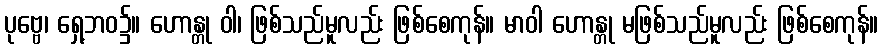
ပုဗ္ဗေ၊ ရှေ့ဘဝ၌။ ဟောန္တု ဝါ၊ ဖြစ်သည်မူလည်း ဖြစ်စေကုန်။ မာဝါ ဟောန္တု မဖြစ်သည်မူလည်း ဖြစ်စေကုန်။